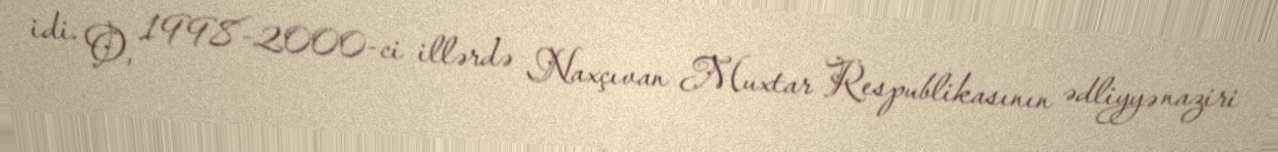
idi. O, 1998-2000-ci illərdə Naxçıvan Muxtar Respublikasının ədliyyə naziri